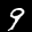
Label: 9